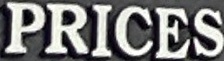
PRICES